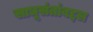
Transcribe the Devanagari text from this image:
साधूसंतांबद्दल